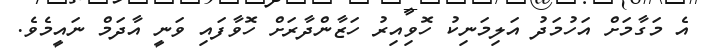
އެ މަގާމަށް އަހުމަދު އަލިމަނިކު ހޮވިއިރު ހަޒާންދާރަށް ހޮވާފައި ވަނީ އާދަމް ނައީމެވެ.